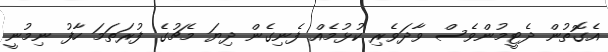
އެގޮތުން ދެޓީމުންވެސް ވާދަވެރި ކުޅުމެއް ފެނިގެން ދިޔަ މެޗުގެ ފުރަތަމަ ހާފު ނިމުނީ